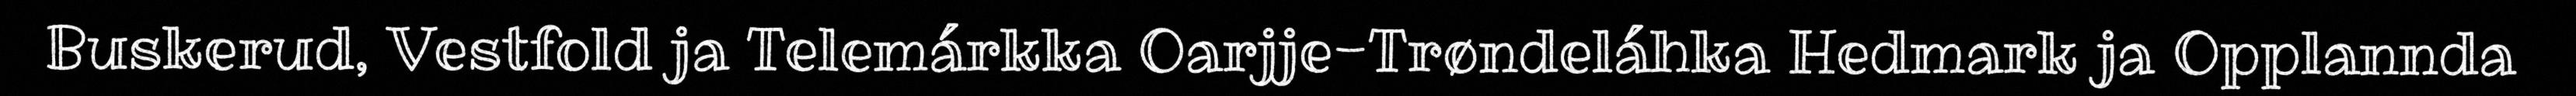
Buskerud, Vestfold ja Telemárkka Oarjje-Trøndeláhka Hedmark ja Opplannda